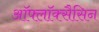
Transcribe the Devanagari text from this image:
ऑफ्लॉक्सैसिन